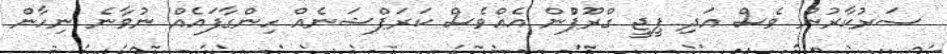
ސަރުކާރުން ވެސް އަދި ޕީޖީ ގްރޫޕްުން އެއްވެސް ކަރަޕްޝަނެއް ހިންގާފައެއް ނުވާނެ ނިހާން